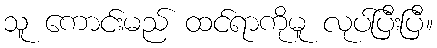
သူ ကောင်းမည် ထင်ရာကိုမူ လုပ်ပြီးပြီ။